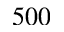
5 0 0